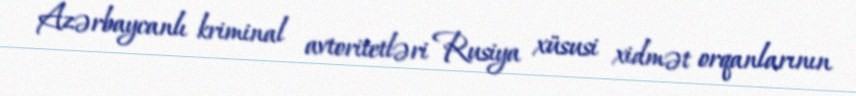
Azərbaycanlı kriminal avtoritetləri Rusiya xüsusi xidmət orqanlarının